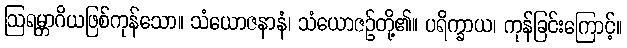
ဩရမ္ဘာဂိယဖြစ်ကုန်သော။ သံယောဇနာနံ၊ သံယောဇဉ်တို့၏။ ပရိက္ခာယ၊ ကုန်ခြင်းကြောင့်။